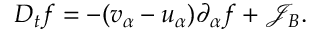
D _ { t } f = - ( { v } _ { \alpha } - { u } _ { \alpha } ) \partial _ { \alpha } f + \mathcal { J } _ { B } .